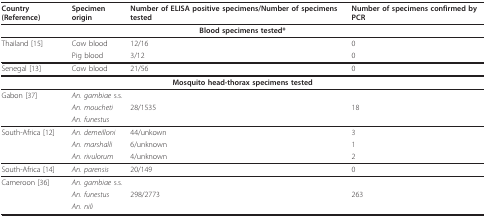
| Country (Reference) | Specimen origin | Number of ELISA positive specimens/Number of specimens tested | Number of specimens confirmed by PCR |
 | --- | --- | --- | --- |
 | <COLSPAN=4> Blood specimens tested* |
 | Thailand [15] | Cow blood | 12/16 | 0 |
 |  | Pig blood | 3/12 | 0 |
 | Senegal [13] | Cow blood | 21/56 | 0 |
 | <COLSPAN=4> Mosquito head-thorax specimens tested |
 | Gabon [37] | An. gambiae s.s. |  |  |
 |  | An. moucheti | 28/1535 | 18 |
 |  | An. funestus |  |  |
 | South-Africa [12] | An. demeilloni | 44/unkown | 3 |
 |  | An. marshalli | 6/unknown | 1 |
 |  | An. rivulorum | 4/unknown | 2 |
 | South-Africa [14] | An. parensis | 20/149 | 0 |
 | Cameroon [36] | An. gambiae s.s. |  |  |
 |  | An. funestus | 298/2773 | 263 |
 |  | An. nili |  |  |